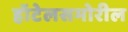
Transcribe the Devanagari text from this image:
हॉटेलसमोरील